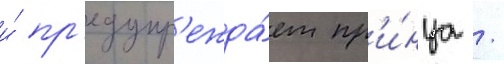
и́ пр'едупр'ежда́ет пр'и́нца /